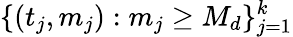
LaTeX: \{ (t_{j},m_{j}):m_{j}\geq M_{d}\} _{j=1}^{k}